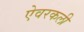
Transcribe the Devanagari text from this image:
ऐवरकली